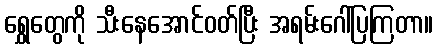
ရွှေတွေကို သီးနေအောင်ဝတ်ပြီး အရမ်းဂေါ်ပြကြတာ။